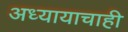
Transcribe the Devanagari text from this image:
अध्यायाचाही